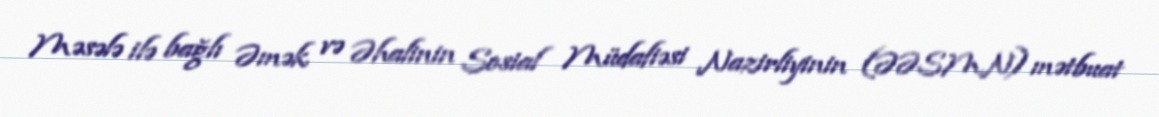
Məsələ ilə bağlı Əmək və Əhalinin Sosial Müdafiəsi Nazirliyinin (ƏƏSMN) mətbuat